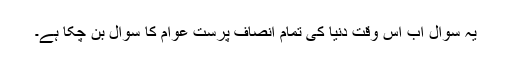
یہ سوال اب اس وقت دنیا کی تمام انصاف پرست عوام کا سوال بن چکا ہے۔